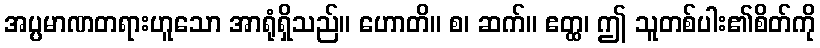
အပ္ပမာဏတရားဟူသော အာရုံရှိသည်။ ဟောတိ။ စ၊ ဆက်။ ဧတ္ထ၊ ဤ သူတစ်ပါး၏စိတ်ကို